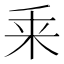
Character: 𠂲